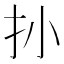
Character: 𱟪